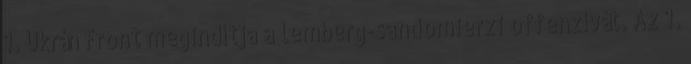
1. Ukrán Front megindítja a lemberg-sandomierzi offenzívát. Az 1.